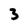
Character: 3